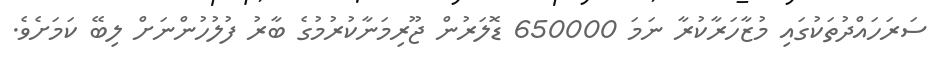
ސަރަހައްދުތަކުގައި މުޒާހަރާކުރާ ނަމަ 650000 ޑޮލަރުން ޖޫރިމަނާކުރުމުގެ ބާރު ފުލުހުންނަށް ލިބޭ ކަމަށެވެ.